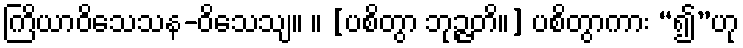
ကြိယာဝိသေသန-ဝိသေသျ။ ။ [ပစိတွာ ဘုဉ္ဇတိ။] ပစိတွာကား “၍”ဟု